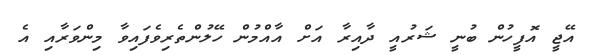
އޭޖީ އޮފީހުން ބުނީ ޝަރުއީ ދާއިރާ އަށް އާއްމުން ހޭލުންތެރިވެފައިވާ މިންވަރާއި އެ